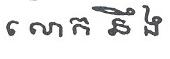
លោក នឹង